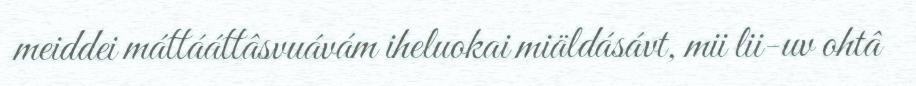
meiddei máttááttâsvuávám iheluokai miäldásávt, mii lii-uv ohtâ